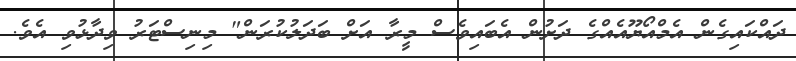
ދައްކައިގެން އެމްއޯޔޫއެއްގެ ދަށުން އެބައިވެސް މީރާ އަށް ބަދަލުކުރަން" މިނިސްޓަރު ވިދާޅުވި އެވެ.